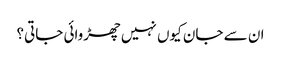
ان سے جان کیوں نہیں چھڑوائی جاتی؟